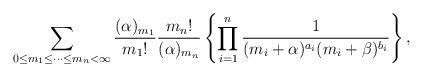
LaTeX: \begin{align*}\sum_{0\le m_1{\le} \cdots{\le}m_{n}<\infty}\frac{(\alpha)_{m_1}}{{m_1}!}\frac{{m_n}!}{(\alpha)_{m_n}}\left\{\prod_{i=1}^{n}\frac{1}{(m_i+\alpha)^{a_i}(m_i+\beta)^{b_i}}\right\},\end{align*}